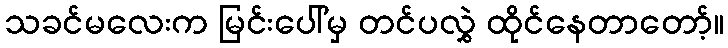
သခင်မလေးက မြင်းပေါ်မှ တင်ပလွှဲ ထိုင်နေတာတော့်။